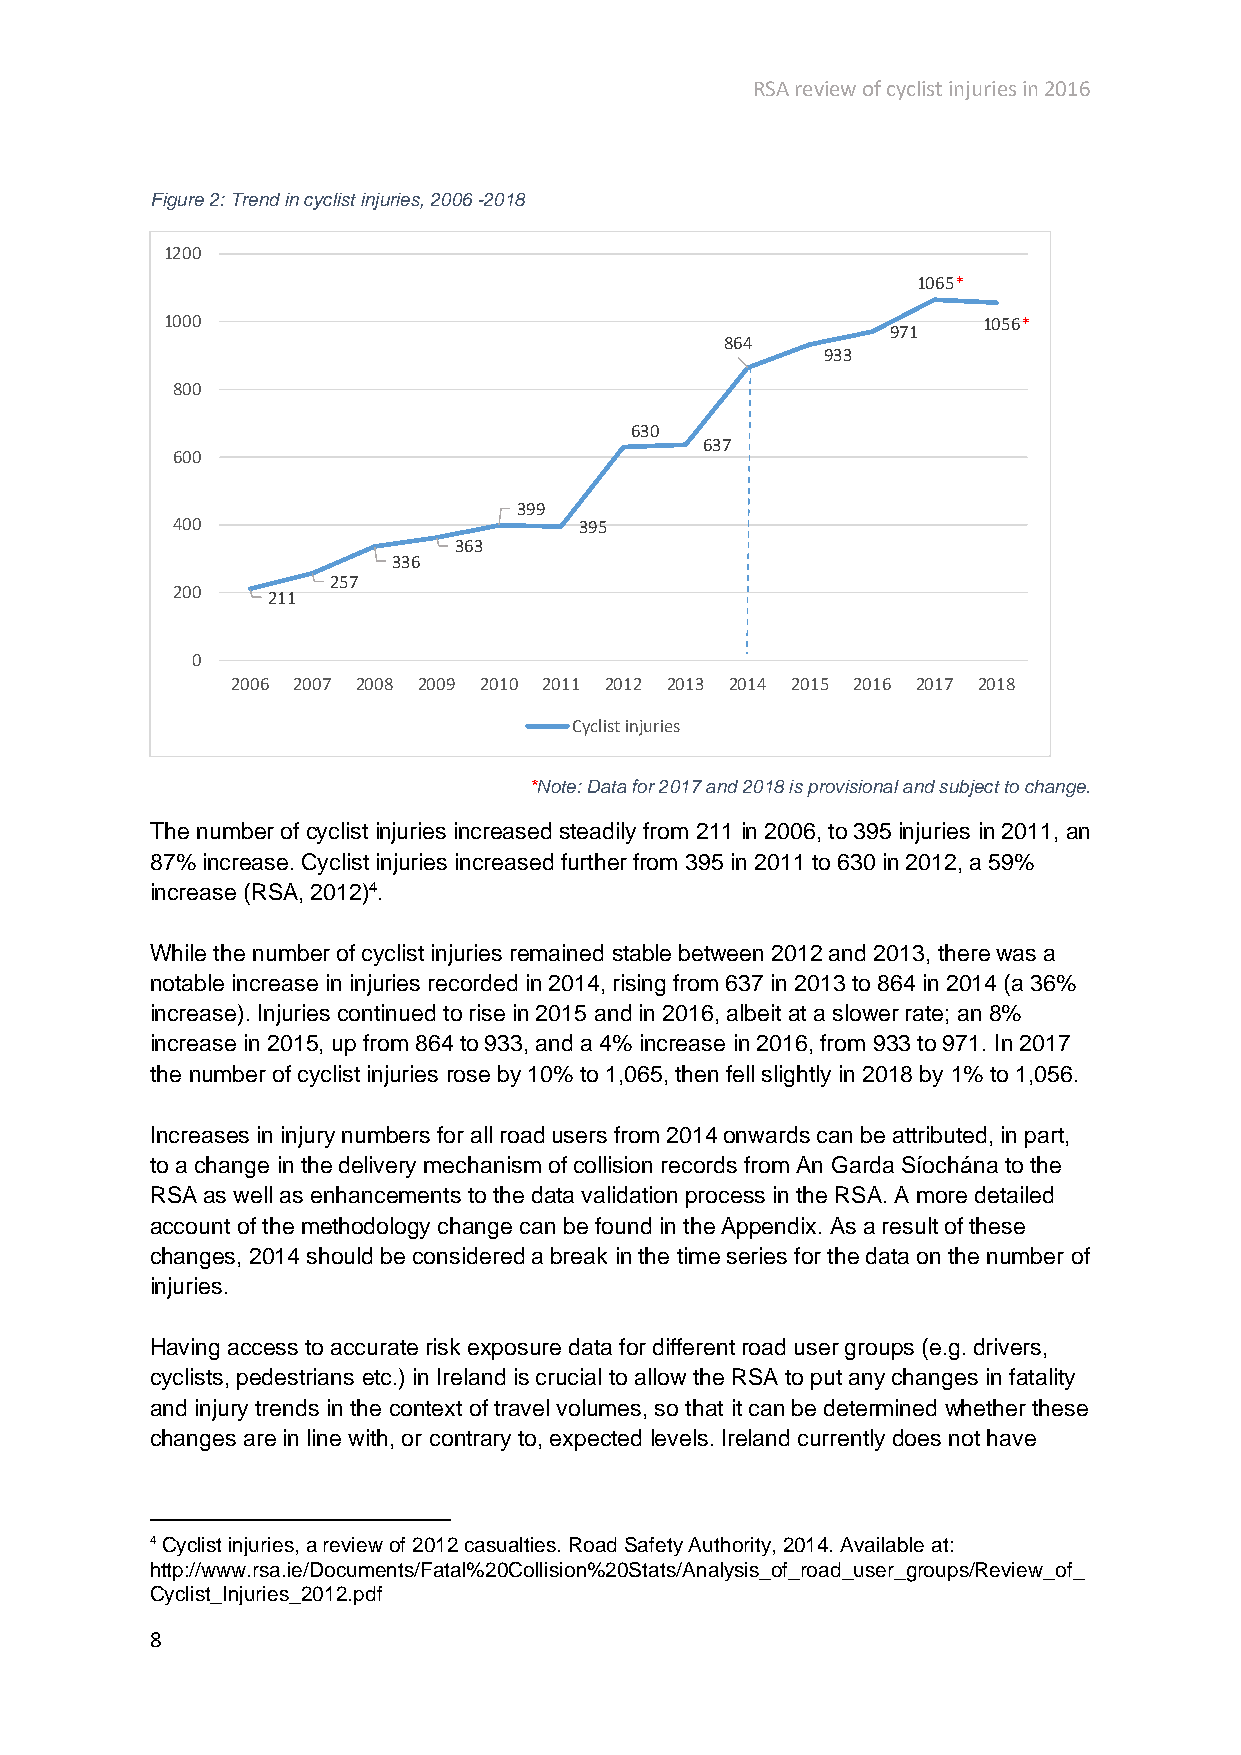
RSA review of cyclist injuries in 2016
 Figure 2: Trend in cyclist injuries, 2006 -2018
 1200
 1065*
 1000                                                  1056*
 971
 864
 933
 800
 630
 637
 600
 399
 400                        395
 363
 336
 257
 200    211
 0
 2006 2007 2008 2009 2010 2011 2012 2013 2014 2015 2016 2017 2018
 Cyclist injuries
 *Note: Data for 2017 and 2018 is provisional and subject to change.
 The number of cyclist injuries increased steadily from 211 in 2006, to 395 injuries in 2011, an
 87% increase. Cyclist injuries increased further from 395 in 2011 to 630 in 2012, a 59%
 increase (RSA, 2012)4.
 While the number of cyclist injuries remained stable between 2012 and 2013, there was a
 notable increase in injuries recorded in 2014, rising from 637 in 2013 to 864 in 2014 (a 36%
 increase). Injuries continued to rise in 2015 and in 2016, albeit at a slower rate; an 8%
 increase in 2015, up from 864 to 933, and a 4% increase in 2016, from 933 to 971. In 2017
 the number of cyclist injuries rose by 10% to 1,065, then fell slightly in 2018 by 1% to 1,056.
 Increases in injury numbers for all road users from 2014 onwards can be attributed, in part,
 to a change in the delivery mechanism of collision records from An Garda Síochána to the
 RSA as well as enhancements to the data validation process in the RSA. A more detailed
 account of the methodology change can be found in the Appendix. As a result of these
 changes, 2014 should be considered a break in the time series for the data on the number of
 injuries.
 Having access to accurate risk exposure data for different road user groups (e.g. drivers,
 cyclists, pedestrians etc.) in Ireland is crucial to allow the RSA to put any changes in fatality
 and injury trends in the context of travel volumes, so that it can be determined whether these
 changes are in line with, or contrary to, expected levels. Ireland currently does not have
 4 Cyclist injuries, a review of 2012 casualties. Road Safety Authority, 2014. Available at:
 http://www.rsa.ie/Documents/Fatal%20Collision%20Stats/Analysis_of_road_user_groups/Review_of_
 Cyclist_Injuries_2012.pdf
 8